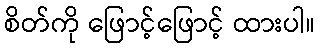
စိတ်ကို ဖြောင့်ဖြောင့် ထားပါ။